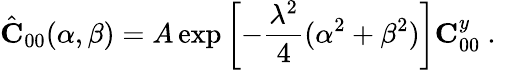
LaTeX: \hat{\mathbf C}_{00}(\alpha,\beta)=A\exp\left[-\frac{\lambda^{2}}{4}(\alpha^{2}+\beta^{2})\right]{\mathbf C}_{00}^{y}\mathrm{~.~}